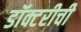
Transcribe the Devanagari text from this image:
डॉक्टरीची